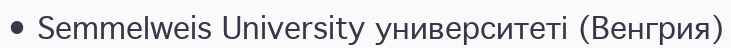
• Semmelweis University университеті (Венгрия)